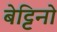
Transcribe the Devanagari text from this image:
बेट्टिनो